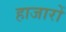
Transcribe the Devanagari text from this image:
हाजारों